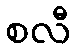
စလီ